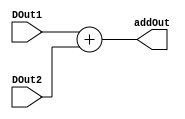
module adder(addOut, DOut2, DOut1);

output [7:0] addOut;
input [7:0] DOut1;
input [7:0] DOut2;

	assign addOut = DOut1 + DOut2;

endmodule